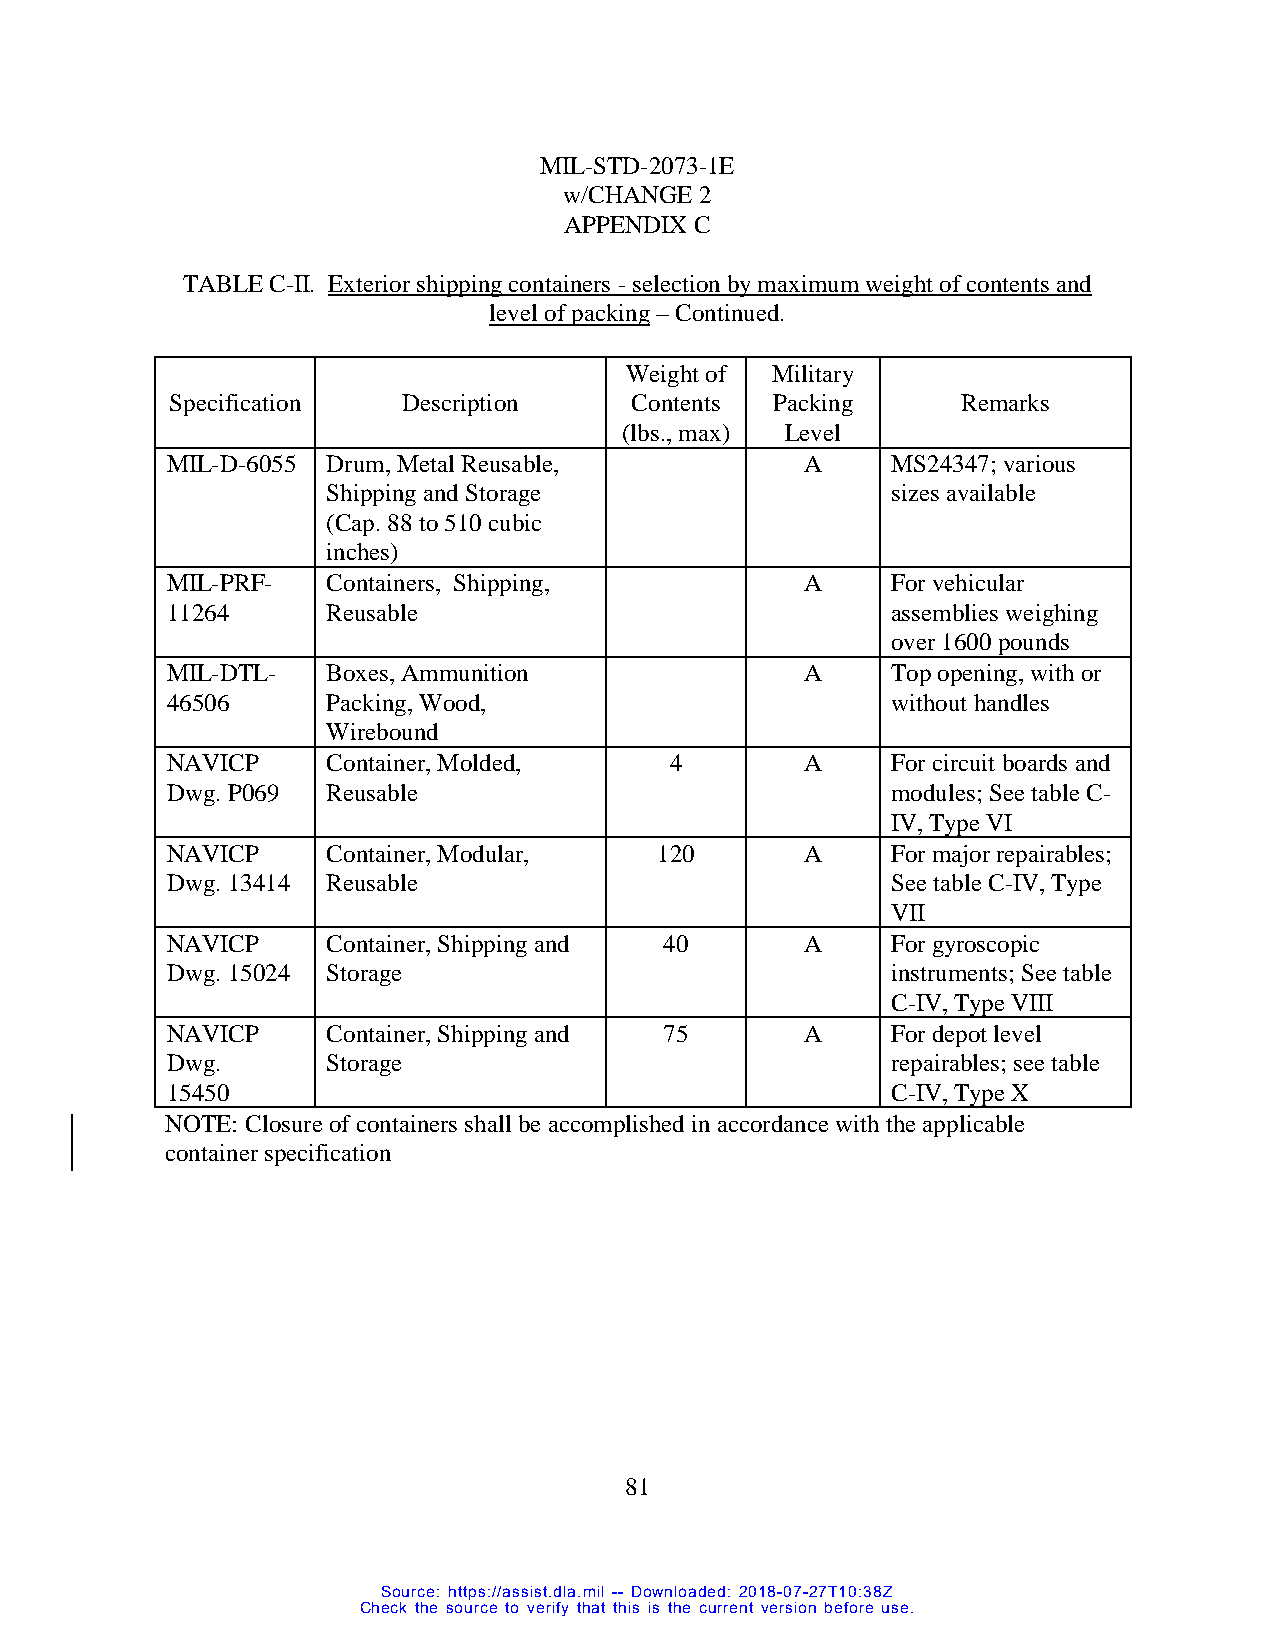
MIL-STD-2073-1E
 w/CHANGE 2
 APPENDIX C
 TABLE C-II. Exterior shipping containers - selection by maximum weight of contents and
 level of packing – Continued.
 Weight of Military
 Specification   Description    Contents Packing      Remarks
 (lbs., max) Level
 MIL-D-6055 Drum, Metal Reusable,          A     MS24347; various
 Shipping and Storage                 sizes available
 (Cap. 88 to 510 cubic
 inches)
 MIL-PRF-   Containers, Shipping,          A     For vehicular
 11264      Reusable                             assemblies weighing
 over 1600 pounds
 MIL-DTL-   Boxes, Ammunition              A     Top opening, with or
 46506      Packing, Wood,                       without handles
 Wirebound
 NAVICP     Container, Molded,    4        A     For circuit boards and
 Dwg. P069  Reusable                             modules; See table C-
 IV, Type VI
 NAVICP     Container, Modular,   120      A     For major repairables;
 Dwg. 13414 Reusable                             See table C-IV, Type
 VII
 NAVICP     Container, Shipping and 40     A     For gyroscopic
 Dwg. 15024 Storage                              instruments; See table
 C-IV, Type VIII
 NAVICP     Container, Shipping and 75     A     For depot level
 Dwg.       Storage                              repairables; see table
 15450                                           C-IV, Type X
 NOTE: Closure of containers shall be accomplished in accordance with the applicable
 container specification
 81
 Source: https://assist.dla.mil -- Downloaded: 2018-07-27T10:38Z
 Check the source to verify that this is the current version before use.